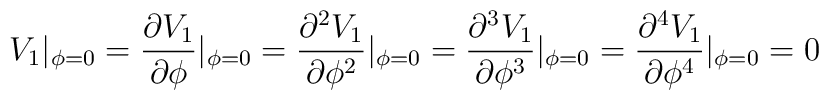
V_1|_{\phi=0}=\frac{\partial V_1}{\partial \phi}|_{\phi=0}=\frac{\partial^2 V_1}{\partial \phi^2}|_{\phi=0}=\frac{\partial^3 V_1}{\partial \phi^3}|_{\phi=0}=\frac{\partial^4 V_1}{\partial \phi^4}|_{\phi=0}=0